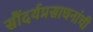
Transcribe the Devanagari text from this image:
सौंदर्यप्रसाधनांची